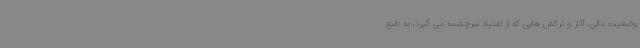
وضعیت مالی، آثار و ترکش هایی که از اعتیاد سرچشمه می گیرد، به طبع